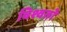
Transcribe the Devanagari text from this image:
विश्वतो